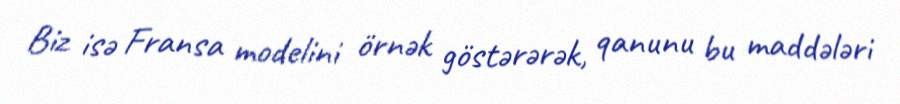
Biz isə Fransa modelini örnək göstərərək, qanunu bu maddələri